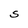
Character: S